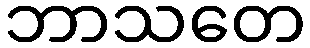
ဘာသတေ